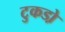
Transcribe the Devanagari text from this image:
टुकडो़